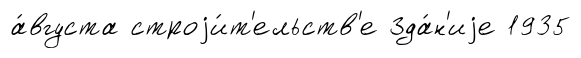
а́вгуста строjи́т'ельств'е Зда́н'иjе 1935